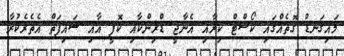
މައިގަނޑު ގޮތެއްގައި ކޯސްޓް ކިރާއި އެނާޖީ ޑްރިންކާއި ކޮފީ އާއި ސައިފަތް އެތެރެކުރާ